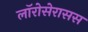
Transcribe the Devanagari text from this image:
लॉरोसेरासस